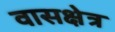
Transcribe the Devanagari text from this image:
वासक्षेत्र